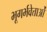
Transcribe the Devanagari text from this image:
भूगर्भवेत्ताओं